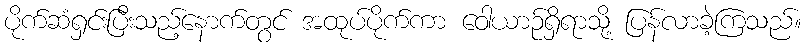
ပိုက်ဆံရှင်းပြီးသည့်နောက်တွင် အထုပ်ပိုက်ကာ ဝေါယာဉ်ရှိရာသို့ ပြန်လာခဲ့ကြသည်။